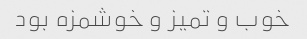
خوب و تمیز و خوشمزه بود